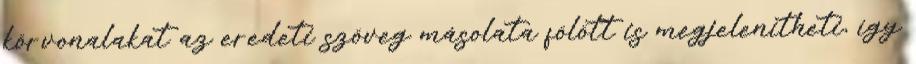
körvonalakat az eredeti szöveg másolata fölött is megjelenítheti, így